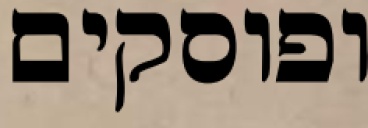
ופוסקים